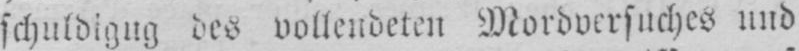
schuldigung des vollendeten Mordversuches und